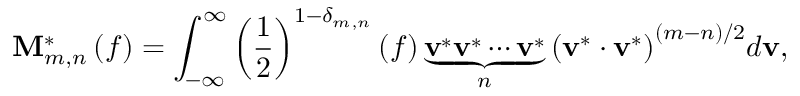
{ \bf { M } } _ { m , n } ^ { * } \left( f \right) = \int _ { - \infty } ^ { \infty } { { { \left( { \frac { 1 } { 2 } } \right) } ^ { 1 - { \delta _ { m , n } } } } \left( f \right) \underbrace { { { \bf { v } } ^ { * } } { { \bf { v } } ^ { * } } \cdots { { \bf { v } } ^ { * } } } _ { n } { { \left( { { { \bf { v } } ^ { * } } \cdot { { \bf { v } } ^ { * } } } \right) } ^ { \left( { m - n } \right) / 2 } } d { \bf { v } } } ,